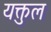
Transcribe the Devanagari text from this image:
यक्तुल